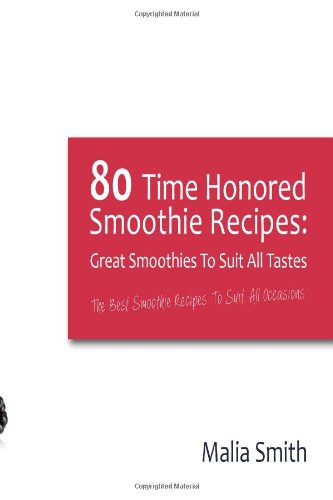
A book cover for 80 Time Honored Smoothie Recipes: Great Smoothies to Suit All Tastes: The Best Smoothie Recipes to Suit All Occasions; Malia Smith; Cookbooks, Food & Wine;